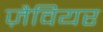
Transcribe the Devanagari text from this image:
ज़ैवियर